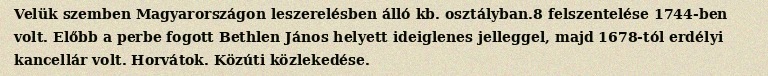
Velük szemben Magyarországon leszerelésben álló kb. osztályban.8 felszentelése 1744-ben volt. Előbb a perbe fogott Bethlen János helyett ideiglenes jelleggel, majd 1678-tól erdélyi kancellár volt. Horvátok. Közúti közlekedése.